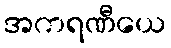
အကရဏီယေ